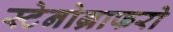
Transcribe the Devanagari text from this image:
स्टेनोग्राफरो